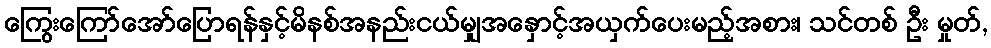
ကြွေးကြော်အော်ပြောရန်နှင့်မိနစ်အနည်းငယ်မျှအနှောင့်အယှက်ပေးမည့်အစား၊ သင်တစ် ဦး မှုတ်,